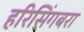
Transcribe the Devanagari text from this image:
हरिसिंगबरा